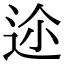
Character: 𨒛